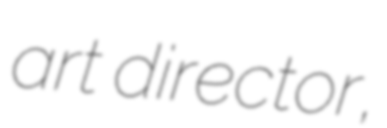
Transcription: art director,